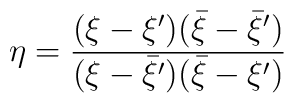
\eta=\frac{(\xi-\xi^{\prime})(\bar{\xi}-\bar{\xi}^{\prime})}{(\xi-\bar{\xi}^{\prime})(\bar{\xi}-\xi^{\prime})}